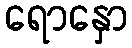
ရောနှော